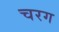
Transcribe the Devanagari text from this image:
चरग